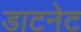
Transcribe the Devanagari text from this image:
डाटनेट